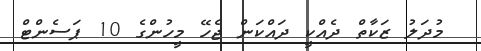
މުދަލު ޒަކާތް ދެއްކީ ދައްކަން ޖެހޭ މީހުންގެ 10 ޕަސެންޓް